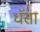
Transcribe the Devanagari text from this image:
धॅसा